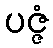
ပဇ္ဇံ